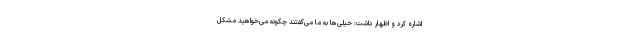
اشاره کرد و اظهار داشت: خیلی‌ها به ما می‌گفتند چگونه می‌خواهید مشکل